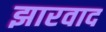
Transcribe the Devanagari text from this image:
झारवाद